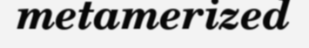
metamerized